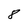
Character: 8